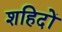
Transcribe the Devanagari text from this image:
शहिदों